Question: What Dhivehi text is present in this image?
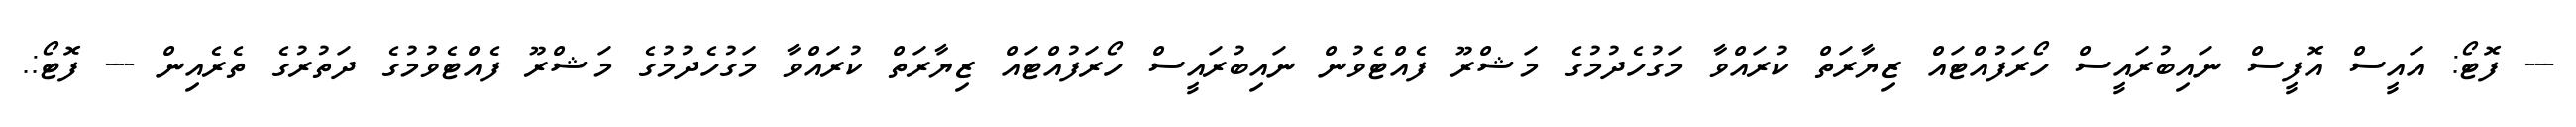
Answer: --- ފޮޓޯ: އައީސް އޮފީސް ނައިބުރައީސް ހޯރަފުއްޓައް ޒިޔާރަތް ކުރައްވާ މަގުހެދުމުގެ މަޝްރޫ ފެއްޓެވުން ނައިބުރައީސް ހޯރަފުއްޓައް ޒިޔާރަތް ކުރައްވާ މަގުހެދުމުގެ މަޝްރޫ ފެއްޓެވުމުގެ ދަތުރުގެ ތެރެއިން --- ފޮޓޯ:.